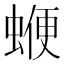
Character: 𧍲